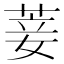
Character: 菨